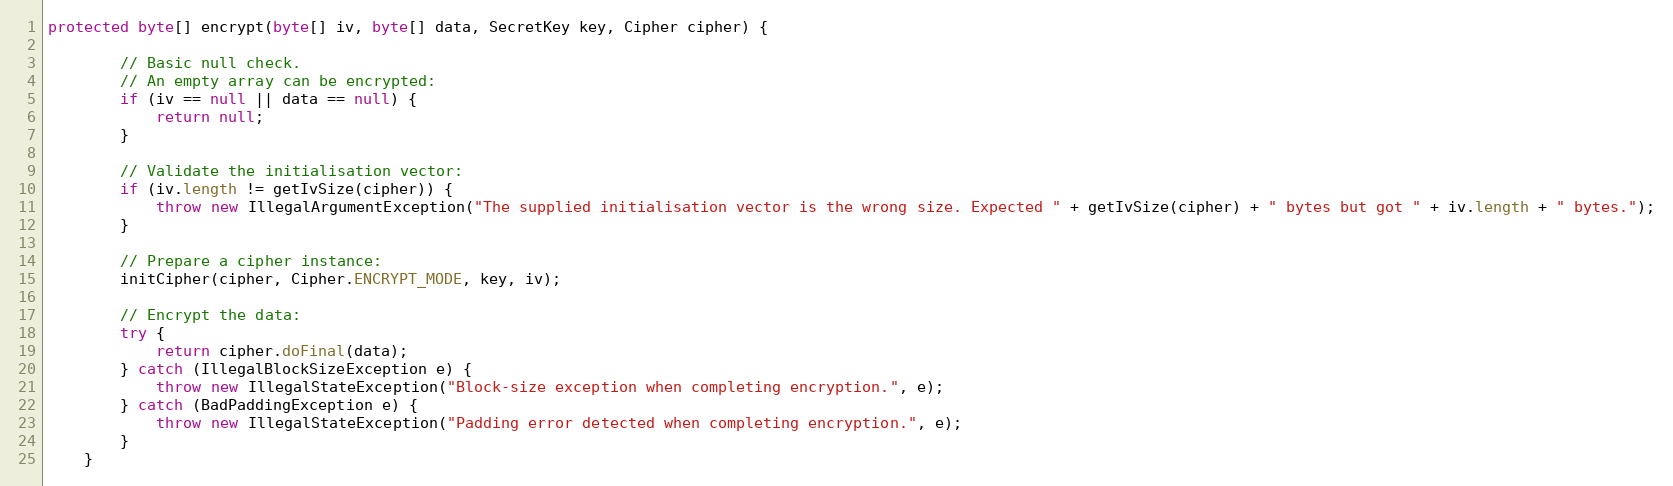
Language: Java
protected byte[] encrypt(byte[] iv, byte[] data, SecretKey key, Cipher cipher) {

        // Basic null check.
        // An empty array can be encrypted:
        if (iv == null || data == null) {
            return null;
        }

        // Validate the initialisation vector:
        if (iv.length != getIvSize(cipher)) {
            throw new IllegalArgumentException("The supplied initialisation vector is the wrong size. Expected " + getIvSize(cipher) + " bytes but got " + iv.length + " bytes.");
        }

        // Prepare a cipher instance:
        initCipher(cipher, Cipher.ENCRYPT_MODE, key, iv);

        // Encrypt the data:
        try {
            return cipher.doFinal(data);
        } catch (IllegalBlockSizeException e) {
            throw new IllegalStateException("Block-size exception when completing encryption.", e);
        } catch (BadPaddingException e) {
            throw new IllegalStateException("Padding error detected when completing encryption.", e);
        }
    }